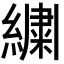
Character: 𬗷